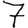
Digit: 7